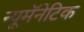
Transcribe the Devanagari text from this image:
न्यूमॅनेटिक